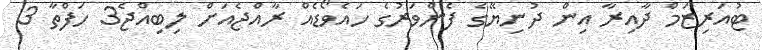
ޓުއަރިޒަމް ދާއިރާ އިން ދުނިޔޭގެ ފެންވަރުގެ ހައެވޯޑެއް ރާއްޖެއަށް ލިބިއްޖެ3 ހަފްތާ 3